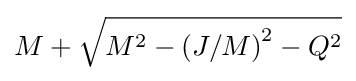
M+{\sqrt {M^{2}-{(J/M)}^{2}-Q^{2}}}